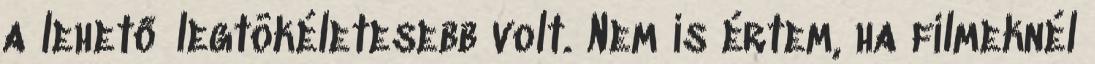
a lehető legtökéletesebb volt. Nem is értem, ha filmeknél